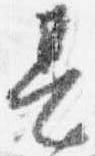
甚